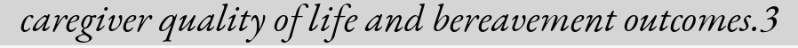
caregiver quality of life and bereavement outcomes.3